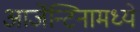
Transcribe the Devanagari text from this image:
आर्जेन्टिनामध्ये